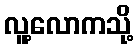
လူ့လောကသို့